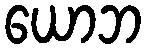
ယောဘ